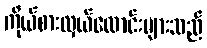
ကိုယ်စားလှယ်လောင်းများသည်